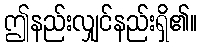
ဤနည်းလျှင်နည်းရှိ၏။